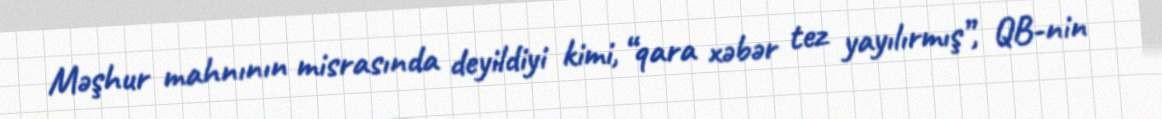
Məşhur mahnının misrasında deyildiyi kimi, “qara xəbər tez yayılırmış”, QB-nin